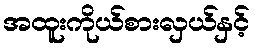
အထူးကိုယ်စားလှယ်နှင့်